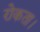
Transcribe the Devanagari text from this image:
रोकता।